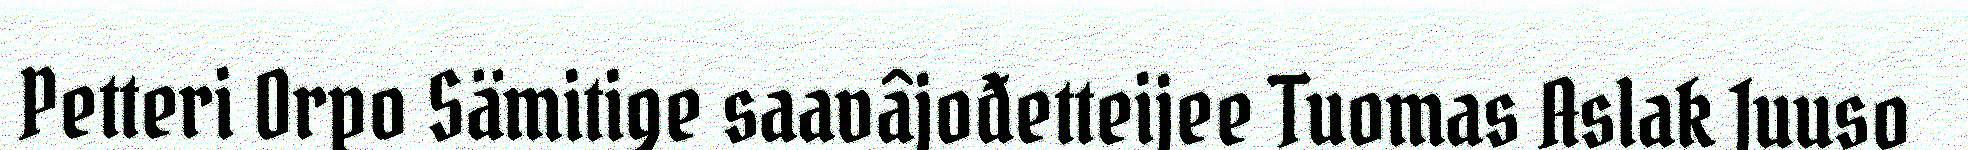
Petteri Orpo Sämitige saavâjođetteijee Tuomas Aslak Juuso